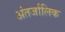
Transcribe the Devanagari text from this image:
अंतर्जालिक